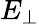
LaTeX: E_{\perp}